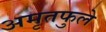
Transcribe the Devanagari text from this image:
अमृतफुले